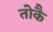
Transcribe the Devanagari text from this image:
तोकै